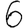
Digit: 6